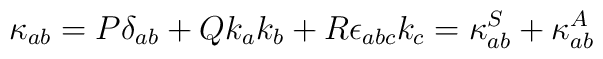
\kappa_{ab}=P\delta_{ab} + Qk_ak_b +R\epsilon_{abc}k_c= \kappa^S_{ab}+\kappa^A_{ab}